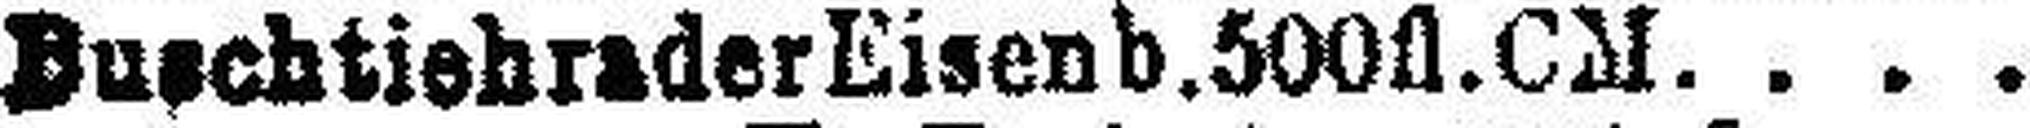
Buschtiehrader Eisenb. 500fl. CM.